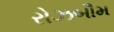
રોઝબૌમ